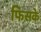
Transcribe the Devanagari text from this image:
फिसके